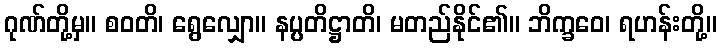
ဂုဏ်တို့မှ။ စဝတိ၊ ရွေလျှော။ နပ္ပတိဋ္ဌာတိ၊ မတည်နိုင်၏။ ဘိက္ခဝေ၊ ရဟန်းတို့။